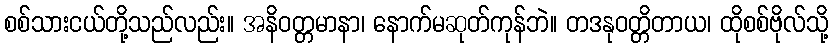
စစ်သားငယ်တို့သည်လည်း။ အနိဝတ္တမာနာ၊ နောက်မဆုတ်ကုန်ဘဲ။ တဒနုဝတ္တိတာယ၊ ထိုစစ်ဗိုလ်သို့